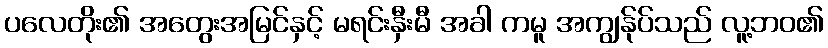
ပလေတိုး၏ အတွေးအမြင်နှင့် မရင်းနှီးမီ အခါ ကမူ အကျွန်ုပ်သည် လူ့ဘဝ၏